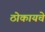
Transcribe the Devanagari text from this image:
ठोकायचे